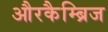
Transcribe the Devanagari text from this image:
औरकैम्ब्रिज